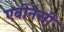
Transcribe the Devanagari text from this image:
एबीनेसी